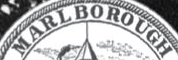
MARLBOROUGH